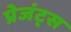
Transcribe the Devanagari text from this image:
प्रेजंट्स